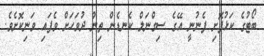
ބޯޓުގެ ކަޅުފޮށި ފެނުނީ އޭގެ ސިގްނަލް ކެނޑެން ތިން ދުވަހަށް ވެފައި ވަނިކޮށެވެ.